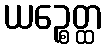
ယဉ္စေတ္ထ